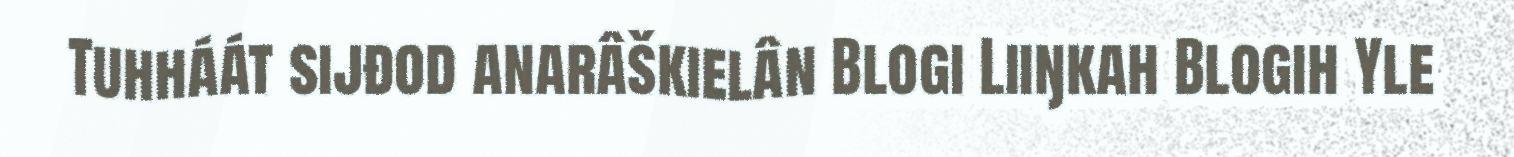
Tuhháát sijđod anarâškielân Blogi Liiŋkah Blogih Yle